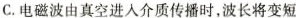
C.电磁波由真空进入介质传播时，波长将变短